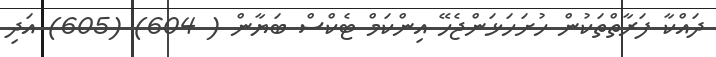
ދައްކާ ފަރާތްތަކުން ހުށަހަޅަންޖެހޭ އިންކަމް ޓެކްސް ބަޔާން ( 604) (605) އަދި